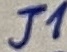
Text: J1